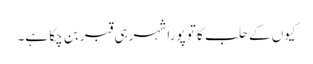
کیوں کے حلب کا تو پورا شہر ہی قبر بن چکا ہے۔